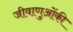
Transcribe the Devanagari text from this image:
जीवाणुओंकी